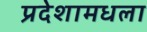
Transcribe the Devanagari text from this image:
प्रदेशामधला